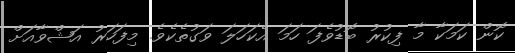
ކޮން ކަމަކާ މާ ފިކުރު ބޮޑުވެފަ ހަމަ އެކަހަލަ ވަގުތެކެވެ. މިފަހަރު އަޝްވާއަށް